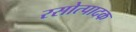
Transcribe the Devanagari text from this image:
रसोत्पादक